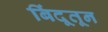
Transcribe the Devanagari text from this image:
बिंदूतून